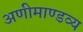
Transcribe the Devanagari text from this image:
अणीमाण्डव्य